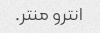
انترو منتر.